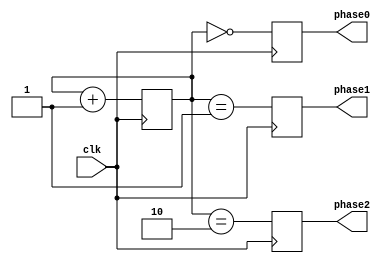
module multi_phase_clock_divider (
    input wire clk,
    output reg phase0,
    output reg phase1,
    output reg phase2
);

reg [1:0] count;

always @(posedge clk) begin
    count <= count + 1;
    
    phase0 <= (count == 2'b00);
    phase1 <= (count == 2'b01);
    phase2 <= (count == 2'b10);
end

endmodule